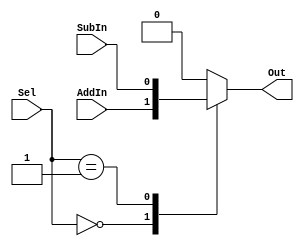
module overflow_mux (Out, Sel, AddIn, SubIn); 

	//The two 2-bit input of the Mux
	input  AddIn, SubIn;
	input [2:0] Sel; //The selection line 
	output reg Out; //The single 2-bit output line of the Mux 


	//This always statement check the state of the input lines 
	always @ (AddIn or SubIn or Sel) begin 
		case (Sel) 
			3'b000 : Out = AddIn; 
			3'b001 : Out = SubIn; 
			default : Out = 1'b0; 
			//If input is undefined then output is undefined 
		endcase 
	end  

endmodule